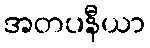
အတပနီယာ